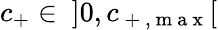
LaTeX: c_{+}\in\ ]0,c_{\mathrm{~+~,~m~a~x~}}[